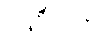
၁၉၀၀